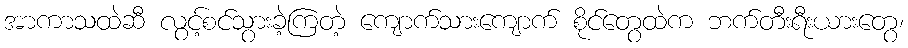
အာကာသထဲဆီ လွင့်စင်သွားခဲ့ကြတဲ့ ကျောက်သားကျောက် စိုင်တွေထဲက ဘက်တီးရီးယားတွေ၊